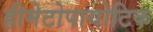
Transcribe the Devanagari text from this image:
हीमेटोपायोटिक